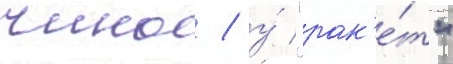
чино / у́ "рак'е́т"